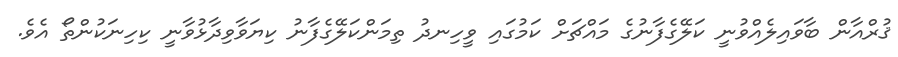
ޤުރްއާން ބާވައިލެއްވުނީ ކަލޭގެފާނުގެ މައްޗަށް ކަމުގައި ވީހިނދު ތިމަންކަލޭގެފާނު ކިޔަވާވިދާޅުވާނީ ކިހިނަކުންތޯ އެވެ.